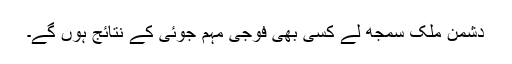
دشمن ملک سمجھ لے کسی بھی فوجی مہم جوئی کے نتائج ہوں گے۔